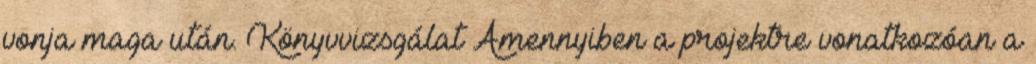
vonja maga után. Könyvvizsgálat Amennyiben a projektre vonatkozóan a